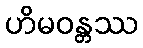
ဟိမဝန္တဿ